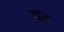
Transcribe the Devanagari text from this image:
वूज